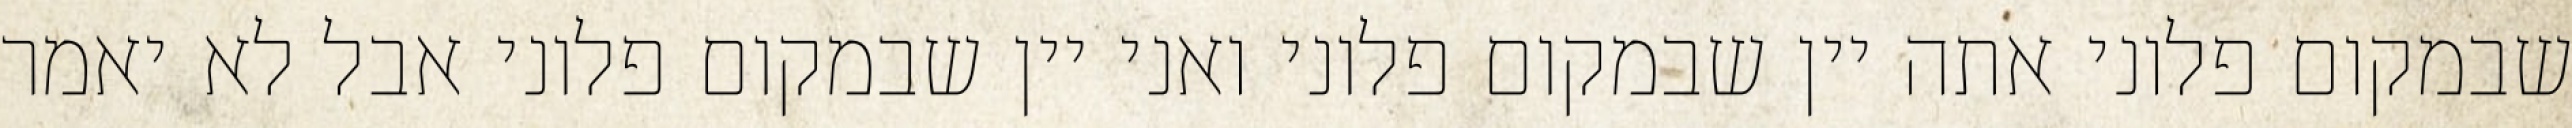
שבמקום פלוני אתה יין שבמקום פלוני ואני יין שבמקום פלוני אבל לא יאמר